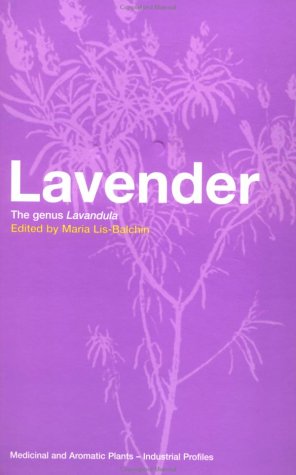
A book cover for Lavender: The Genus Lavandula (Medicinal and Aromatic Plants - Industrial Profiles); Medical Books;